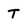
Character: T